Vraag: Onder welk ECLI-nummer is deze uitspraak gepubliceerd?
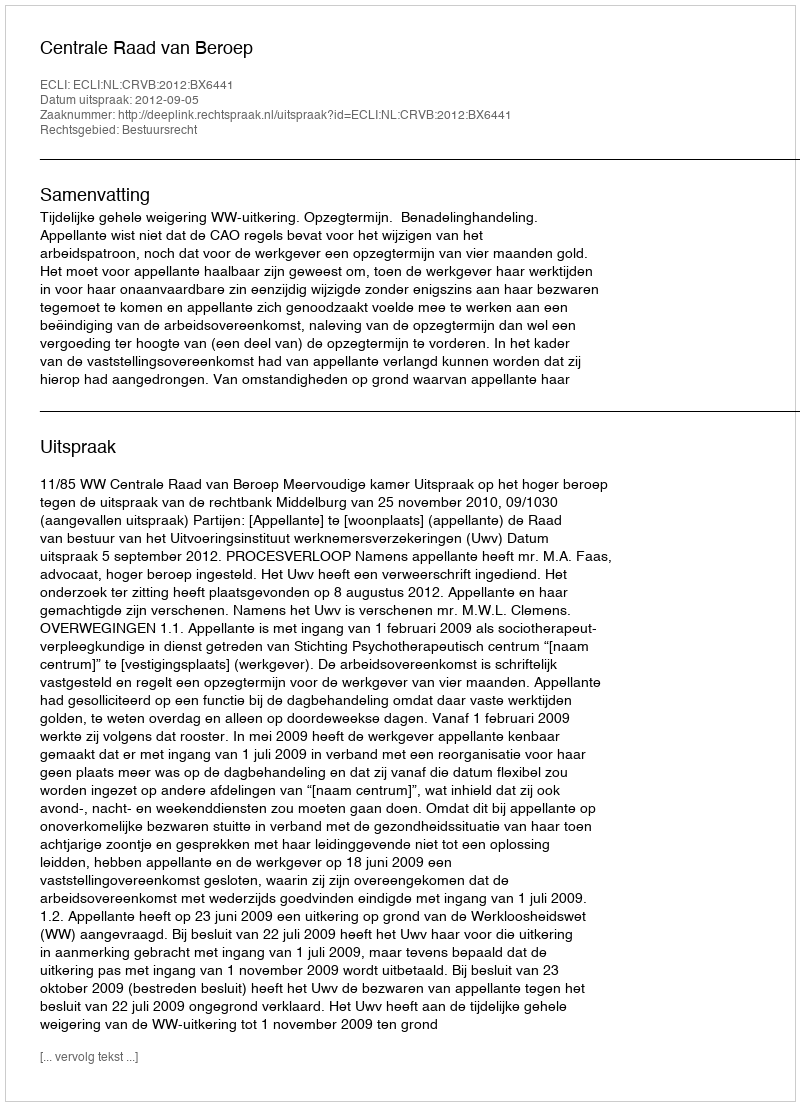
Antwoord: ECLI:NL:CRVB:2012:BX6441